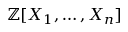
\mathbb { Z } [ X _ { 1 } , \ldots , X _ { n } ]